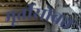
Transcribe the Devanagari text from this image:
मूर्तीसोबत